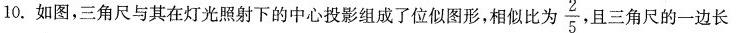
10.如图，三角尺与其在灯光照射下的中心投影组成了位似图形，相似比为 $$\frac{2}{5}$$ 且三角尺的一边长